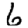
Digit: 6